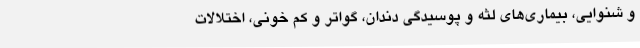
و شنوایی، بیماری‌های لثه و پوسیدگی دندان، گواتر و کم خونی، اختلالات